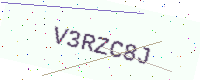
Text: V3RZC8J